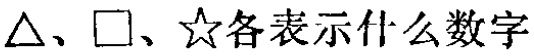
$\triangle、\square、☆各表示什么数字$